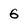
Character: G